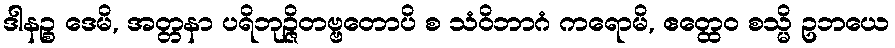
ဒါနဉ္စ ဒေမိ, အတ္တနာ ပရိဘုဉ္ဇိတဗ္ဗတောပိ စ သံဝိဘာဂံ ကရောမိ, ဧတ္ထေဝ စသ္မိ ဥဘယေ